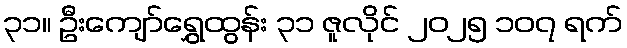
၃၁။ ဦးကျော်ရွှေထွန်း ၃၁ ဇူလိုင် ၂၀၂၅ ၁၀၇ ရက်